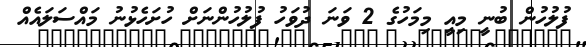
ފުލުހުން ބުނީ މިއީ މިމަހުގެ 2 ވަނަ ދުވަހު ފުލުހުންނަށް ހުށަހެޅުނު މައްސަލައެއް